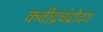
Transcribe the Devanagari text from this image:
कवीद्रंचंद्रोदय